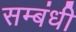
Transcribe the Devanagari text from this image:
सम्‍बंधी